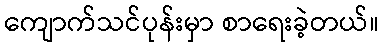
ကျောက်သင်ပုန်းမှာ စာရေးခဲ့တယ်။